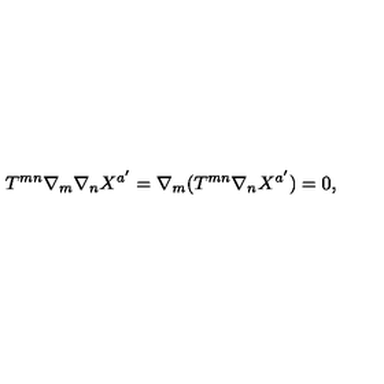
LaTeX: T ^ { m n } \nabla _ { m } \nabla _ { n } X ^ { a ^ { \prime } } = \nabla _ { m } ( T ^ { m n } \nabla _ { n } X ^ { a ^ { \prime } } ) = 0 ,